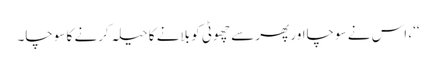
‘‘، اس نے سوچااور پھر سے چھوٹی کو بلانے کا حیلہ کرنے کا سوچا۔